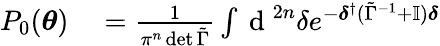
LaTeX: \begin{array}{rl}{P_{0}(\boldsymbol{\theta})}&{{}=\frac{1}{\pi^{n}\operatorname*{det}\tilde{\Gamma}}\int\mathrm{~d~}^{2n}{\delta}e^{-\boldsymbol{\delta}^{\dagger}(\tilde{\Gamma}^{-1}+\mathbb{I})\boldsymbol{\delta}}}\end{array}